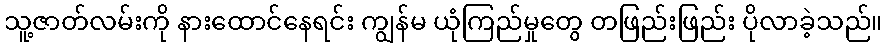
သူ့ဇာတ်လမ်းကို နားထောင်နေရင်း ကျွန်မ ယုံကြည်မှုတွေ တဖြည်းဖြည်း ပိုလာခဲ့သည်။